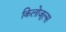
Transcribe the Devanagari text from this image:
किलोजूल्स